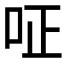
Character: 𠰪